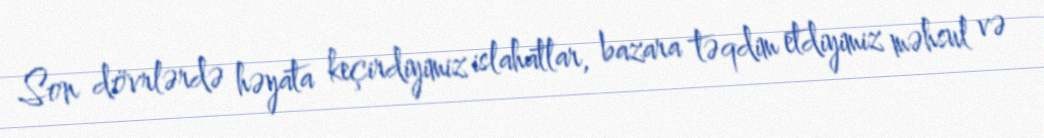
Son dövrlərdə həyata keçirdiyimiz islahatlar, bazara təqdim etdiyimiz məhsul və